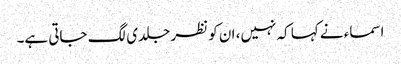
اسماء نے کہا کہ نہیں، ان کو نظر جلدی لگ جاتی ہے۔